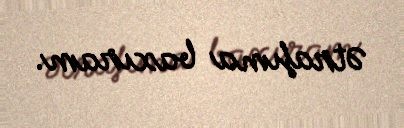
Ətrafıma baxıram.